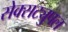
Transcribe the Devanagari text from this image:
सेक्सट्युपल